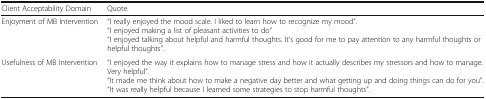
| Client Acceptability Domain | Quote |
 | --- | --- |
 | Enjoyment of MB Intervention | “I really enjoyed the mood scale. I liked to learn how to recognize my mood”.“I enjoyed making a list of pleasant activities to do”“I enjoyed talking about helpful and harmful thoughts. It’s good for me to pay attention to any harmful thoughts or helpful thoughts”. |
 | Usefulness of MB Intervention | “I enjoyed the way it explains how to manage stress and how it actually describes my stressors and how to manage. Very helpful”.“It made me think about how to make a negative day better and what getting up and doing things can do for you”.“It was really helpful because I learned some strategies to stop harmful thoughts”. |